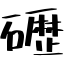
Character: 礰